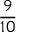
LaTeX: \frac { 9 } { 1 0 }